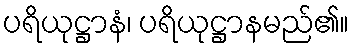
ပရိယုဋ္ဌာနံ၊ ပရိယုဋ္ဌာနမည်၏။